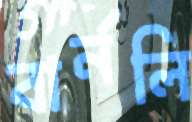
বার্নলি